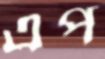
এপ